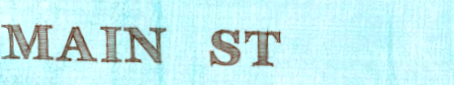
MAIN ST